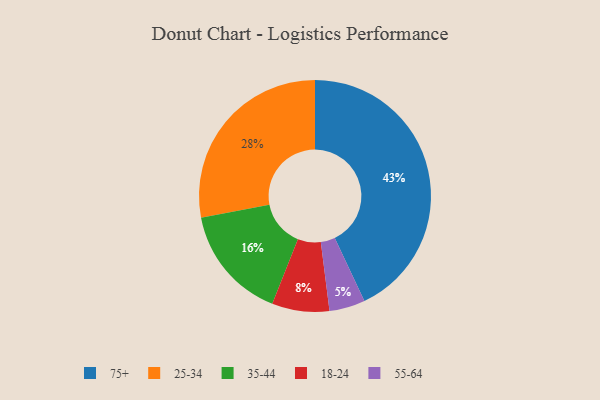
{"axis": {"x": "Category", "y": "Percentage"}, "legend": ["18-24", "25-34", "35-44", "55-64", "75+"], "data": [{"x": "35-44", "y": 16, "type": "35-44"}, {"x": "55-64", "y": 5, "type": "55-64"}, {"x": "25-34", "y": 28, "type": "25-34"}, {"x": "18-24", "y": 8, "type": "18-24"}, {"x": "75+", "y": 43, "type": "75+"}]}